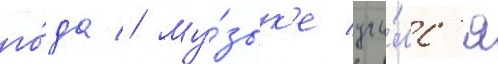
го́да // Му́зык'е учи́лс'я